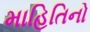
માહિતિનો